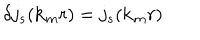
\delta j _ { s } ( { \bf { k } } _ { m } r ) = j _ { s } ( { \bf { k } } _ { m } r )